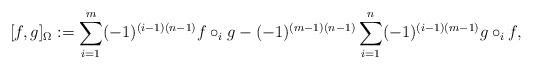
LaTeX: \begin{align*}[f, g]_{\Omega}:=\sum_{i=1}^m(-1)^{(i-1)(n-1)} f \circ_i g-(-1)^{(m-1)(n-1)} \sum_{i=1}^n(-1)^{(i-1)(m-1)} g \circ_i f,\end{align*}